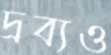
দ্রব্যও